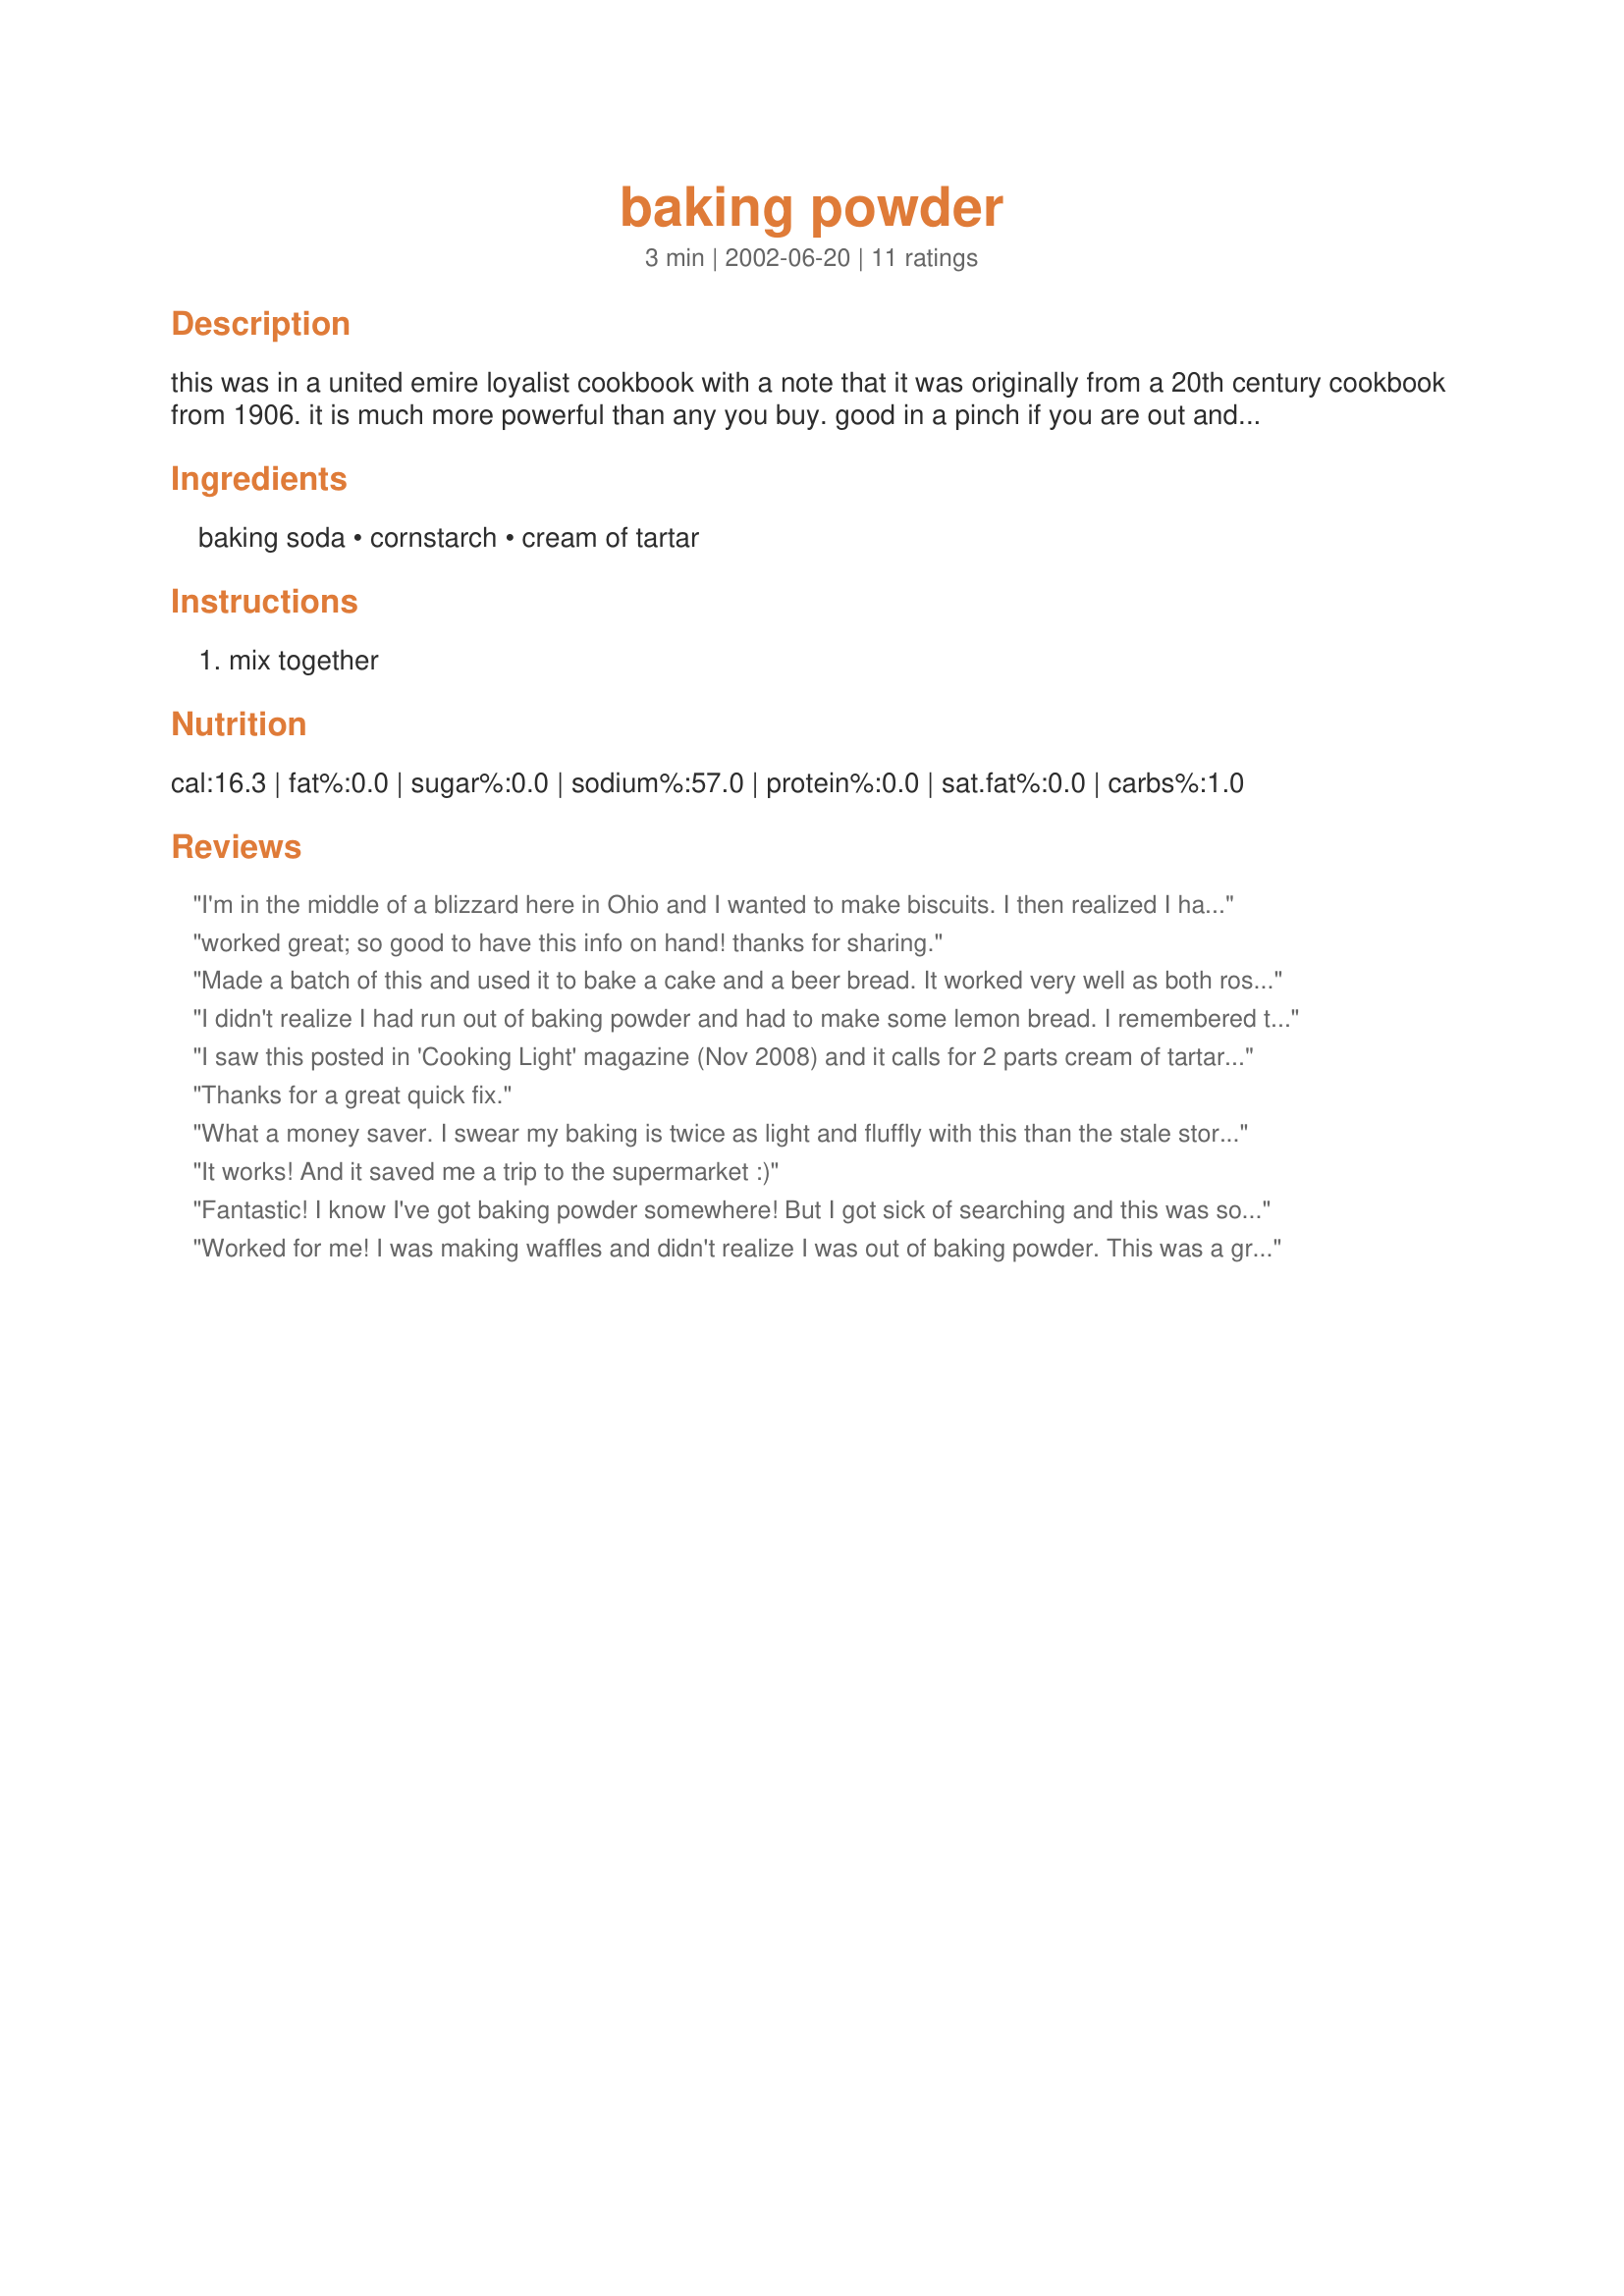
baking powder
Preparation time: 3 minutes

this was in a united emire loyalist cookbook with a note that it was originally from a 20th century cookbook from 1906. it is much more powerful than any you buy. good in a pinch if you are out and happen to have the other ingredients on hand.

Ingredients:
baking soda, cornstarch, cream of tartar

Steps:
mix together

Reviews:
I'm in the middle of a blizzard here in Ohio and I wanted to make biscuits. I then realized I had no baking powder. What a life saver this was!
worked great; so good to have this info on hand! thanks for sharing.
Made a batch of this and used it to bake a cake and a beer bread. It worked very well as both rose beautifully!
I didn't realize I had run out of baking powder and had to make some lemon bread. I remembered this recipe and made a batch. Worked great. Thanks.
I saw this posted in 'Cooking Light' magazine (Nov 2008) and it calls for 2 parts cream of tartar and 1 part each of baking soda and cornstarch (ie: 1 Tbsp cream of tartar and 1/2 Tbsp each of baking soda and cornstarch). I'm sure both ways work well. I was going to post the recipe, but saw you had it here. Thanks for sharing. :)
Thanks for a great quick fix.
What a money saver. I swear my baking is twice as light and fluffly with this than the stale store bought stuff. I have tried other recipes that didn't include the cornstarch, but didn't like them as much since the baking powder seemded to clump together too much. I have been using this for the past 6 months and I won't ever buy it again from the store. THank you for sharing!
It works! And it saved me a trip to the supermarket :)
Fantastic! I know I've got baking powder somewhere! But I got sick of searching and this was so simple. Thank you!
Worked for me! I was making waffles and didn't realize I was out of baking powder. This was a great sub.
Huge thanks!Wanted to try out a new bread recipe before I made it for Thanksgiving, but found myself with NO Baking powder!Your recipe saved me a lot of time and effort--thanks again, PeggyLynn
